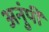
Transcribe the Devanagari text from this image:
अनुंपी